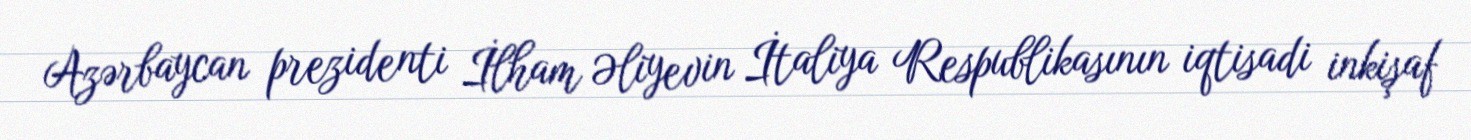
Azərbaycan prezidenti İlham Əliyevin İtaliya Respublikasının iqtisadi inkişaf